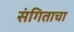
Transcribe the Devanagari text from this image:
संगिताचा